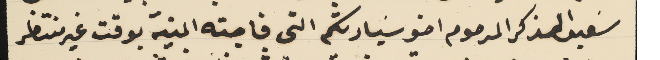
سَعيد الذكر المرحوم اخو سَيادتكم التى فاجته المنية بوقت غير منتظر